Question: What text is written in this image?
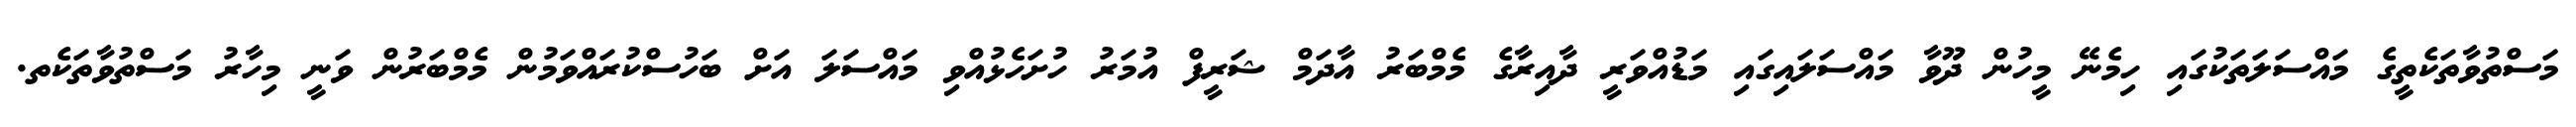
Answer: މަސްތުވާތަކެތީގެ މައްސަލަތަކުގައި ހިމެނޭ މީހުން ދޫވާ މައްސަލައިގައި މަޑުއްވަރީ ދާއިރާގެ މެމްބަރު އާދަމް ޝަރީފް އުމަރު ހުށަހެޅުއްވި މައްސަލަ އަށް ބަހުސްކުރައްވަމުން މެމްބަރުން ވަނީ މިހާރު މަސްތުވާތަކެތ.